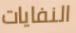
النفايات